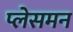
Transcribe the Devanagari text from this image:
प्लेसमन